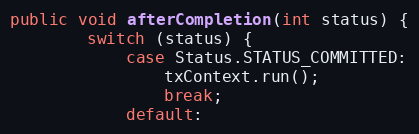
Language: Java
public void afterCompletion(int status) {
		switch (status) {
			case Status.STATUS_COMMITTED:
				txContext.run();
				break;
			default: